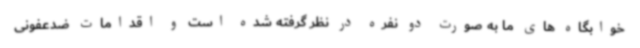
خوابگاه های ما به صورت دو نفره در نظر گرفته شده است و اقدامات ضدعفونی